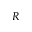
R